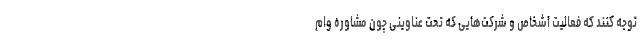
توجه کنند که فعالیت اشخاص و شرکت‌هایی که تحت عناوینی چون مشاوره وام